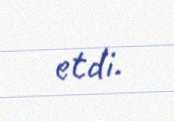
etdi.